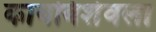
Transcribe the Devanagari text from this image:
कायबिशेवला